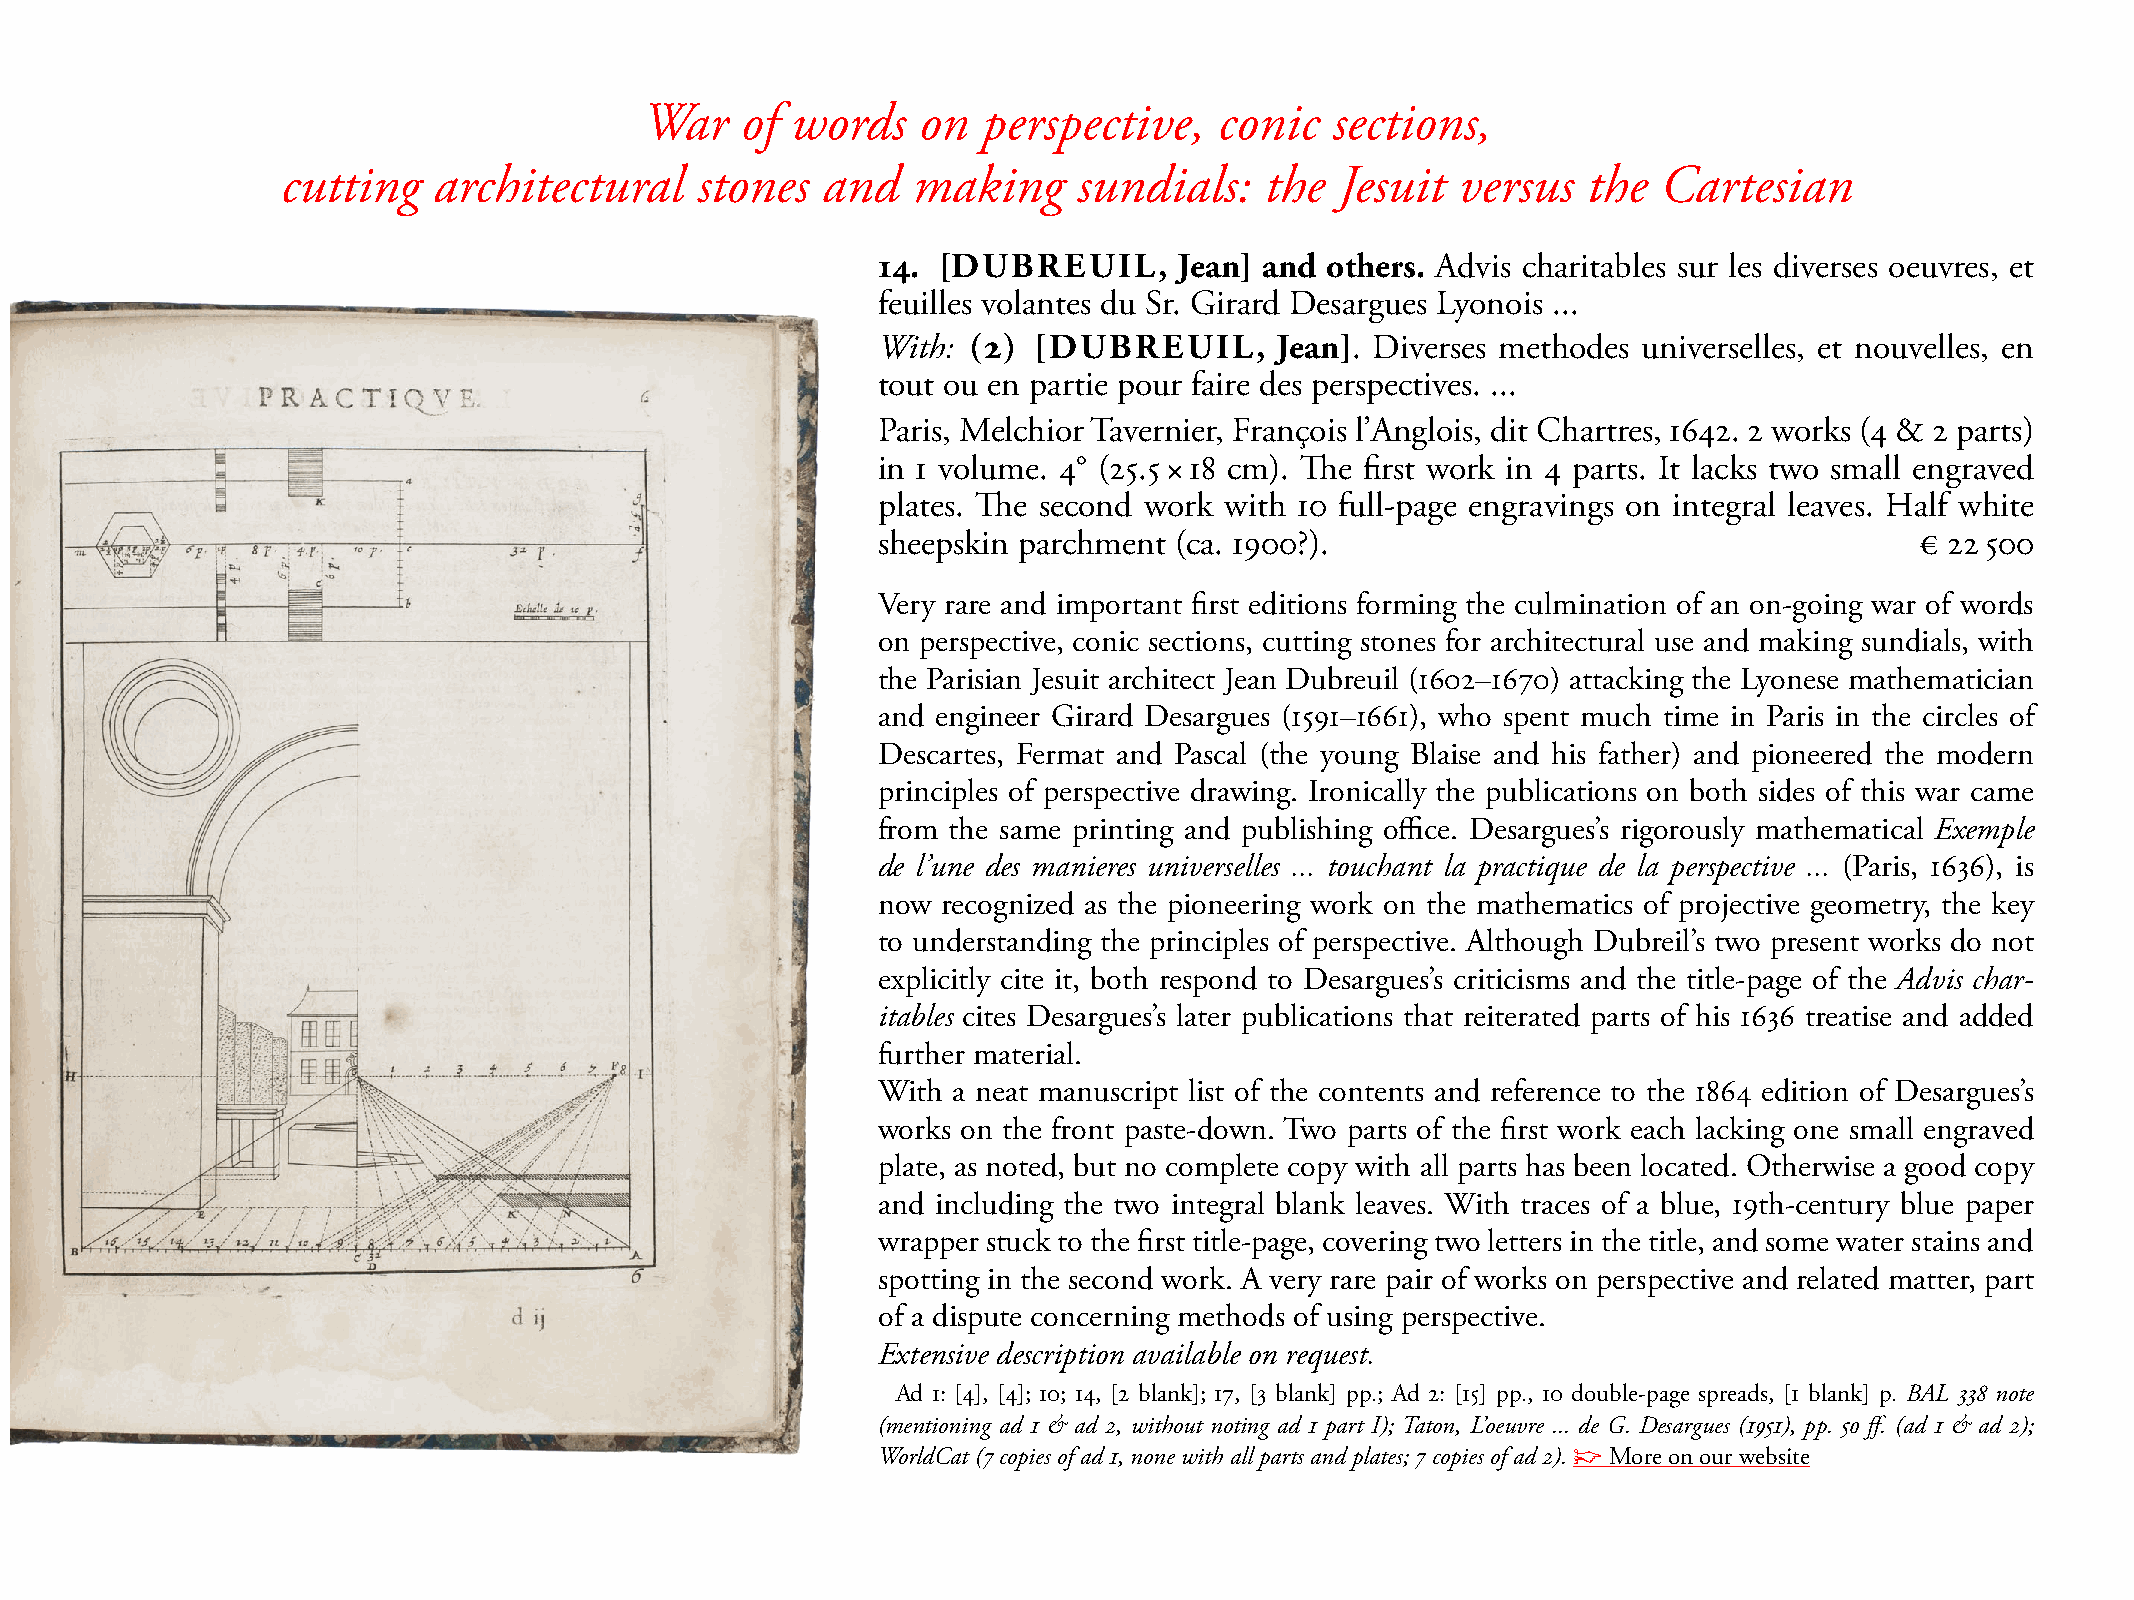
War   of words    on  perspective,    conic  sections,
 cutting   architectural    stones  and   making     sundials:    the  Jesuit  versus  the  Cartesian
 14. [DUBREUIL,      Jean] and others. Advis charitables sur les diverses oeuvres, et
 feuilles volantes du sr. Girard Desargues Lyonois ...
 With: (2) [DUBREUIL,       Jean]. Diverses methodes universelles, et nouvelles, en
 tout ou en partie pour faire des perspectives. ...
 Paris, melchior Tavernier, François l’Anglois, dit Chartres, 1642. 2 works (4 & 2 parts)
 in 1 volume. 4° (25.5 × 18 cm). The first work in 4 parts. It lacks two small engraved
 plates. The second work with 10 full-page engravings on integral leaves. Half white
 sheepskin parchment (ca. 1900?).                                     € 22 500
 Very rare and important first editions forming the culmination of an on-going war of words
 on perspective, conic sections, cutting stones for architectural use and making sundials, with
 the Parisian Jesuit architect Jean Dubreuil (1602–1670) attacking the Lyonese mathematician
 and engineer Girard Desargues (1591–1661), who spent much time in Paris in the circles of
 Descartes, Fermat and Pascal (the young Blaise and his father) and pioneered the modern
 principles of perspective drawing. Ironically the publications on both sides of this war came
 from the same printing and publishing office. Desargues’s rigorously mathematical Exemple
 de l’une des manieres universelles ... touchant la practique de la perspective ... (Paris, 1636), is
 now recognized as the pioneering work on the mathematics of projective geometry, the key
 to understanding the principles of perspective. Although Dubreil’s two present works do not
 explicitly cite it, both respond to Desargues’s criticisms and the title-page of the Advis char-
 itables cites Desargues’s later publications that reiterated parts of his 1636 treatise and added
 further material.
 With a neat manuscript list of the contents and reference to the 1864 edition of Desargues’s
 works on the front paste-down. Two parts of the first work each lacking one small engraved
 plate, as noted, but no complete copy with all parts has been located. Otherwise a good copy
 and including the two integral blank leaves. With traces of a blue, 19th-century blue paper
 wrapper stuck to the first title-page, covering two letters in the title, and some water stains and
 spotting in the second work. A very rare pair of works on perspective and related matter, part
 of a dispute concerning methods of using perspective.
 Extensive description available on request.
 Ad 1: [4], [4]; 10; 14, [2 blank]; 17, [3 blank] pp.; Ad 2: [15] pp., 10 double-page spreads, [1 blank] p. BAL 338 note
 (mentioning ad 1 & ad 2, without noting ad 1 part I); Taton, L’oeuvre ... de G. Desargues (1951), pp. 50 ff. (ad 1 & ad 2);
 WorldCat (7 copies of ad 1, none with all parts and plates; 7 copies of ad 2). ☞ more on our website